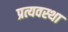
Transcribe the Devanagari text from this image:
प्रत्यवस्था